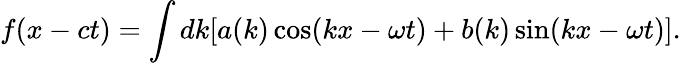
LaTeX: f(x-ct)=\int dk[a(k)\cos(kx-\omega t)+b(k)\sin(kx-\omega t)].